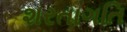
શરતાગતિ